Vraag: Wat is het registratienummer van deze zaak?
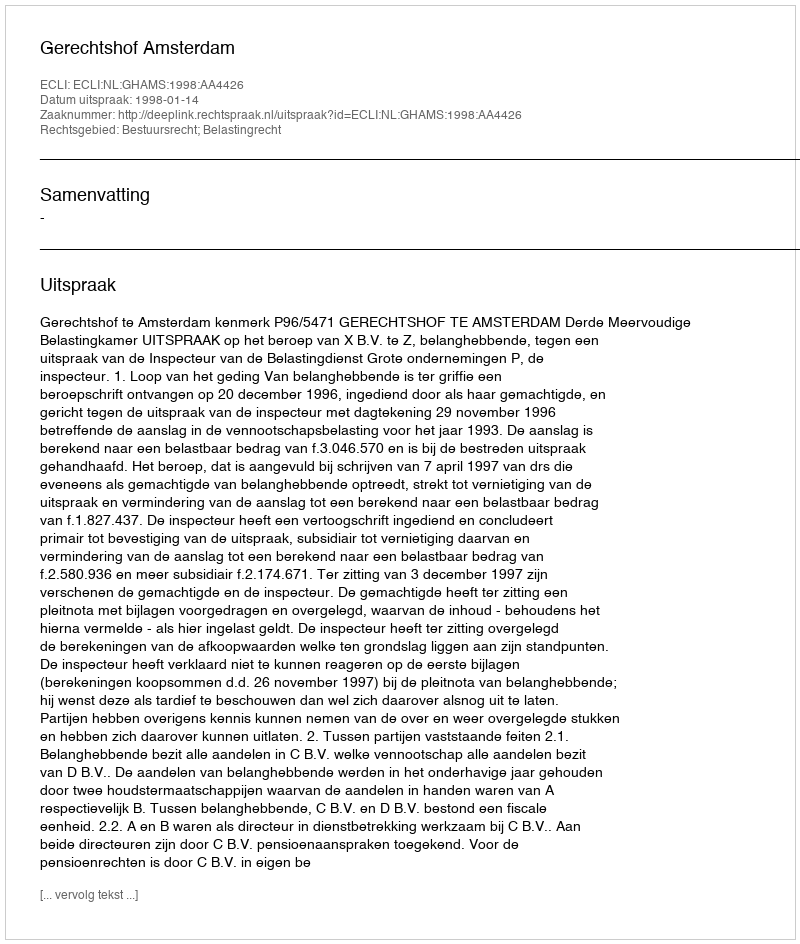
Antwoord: http://deeplink.rechtspraak.nl/uitspraak?id=ECLI:NL:GHAMS:1998:AA4426